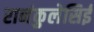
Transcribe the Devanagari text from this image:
रानंकुलेसिई